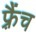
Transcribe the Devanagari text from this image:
फ़्रैंच